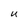
Character: U